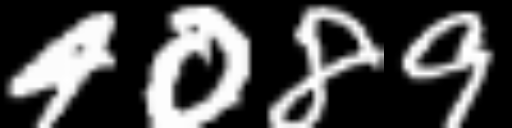
Text: 4089